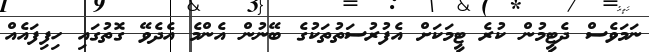
ނަމަވެސް ދެޓީމުން ކުރެ ޓީމަކަށް އެފުރުސަތުތަކުގެ ބޭނުން އެންމެ އެދެވޭ ގޮތުގައި ހިފިފައެއް